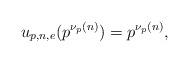
LaTeX: \begin{align*} u_{p,n,e} (p^{\nu_p(n)}) &= p^{\nu_p(n)},\end{align*}